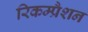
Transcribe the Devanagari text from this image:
रिकम्प्रैशन